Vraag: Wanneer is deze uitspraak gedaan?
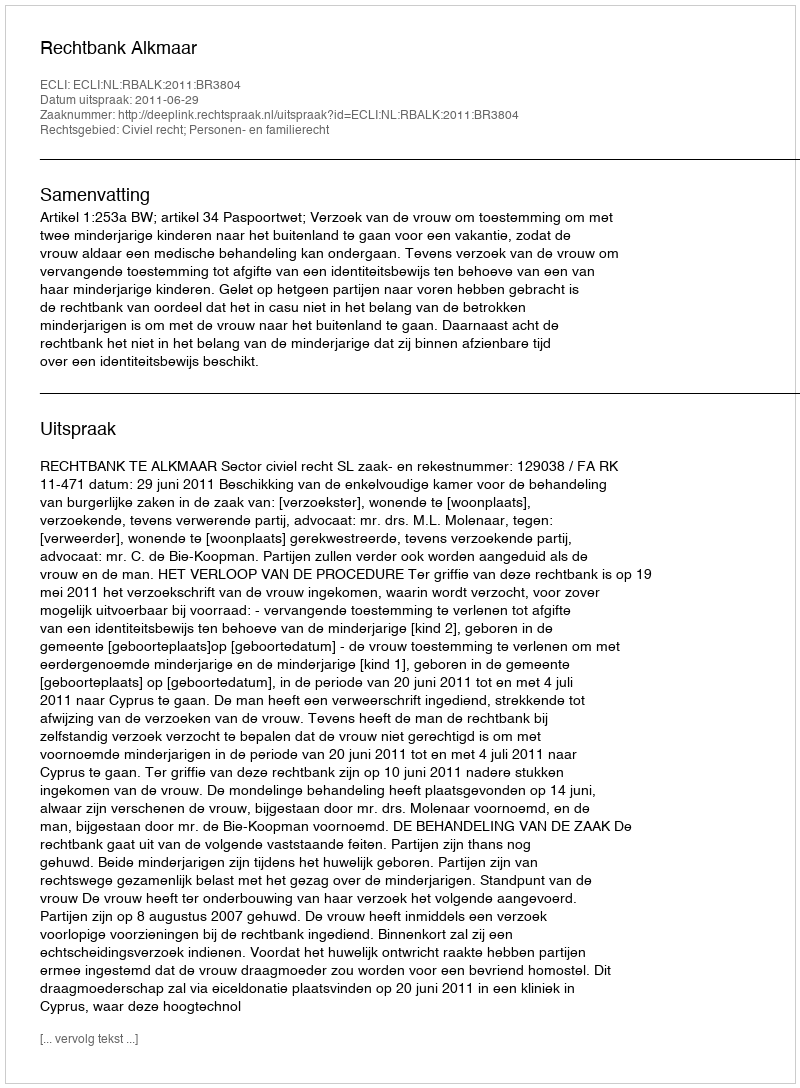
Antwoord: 2011-06-29